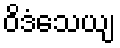
ဝိဒံသေယျ